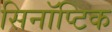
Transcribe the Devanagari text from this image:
सिनॉप्टिक